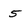
Character: 5